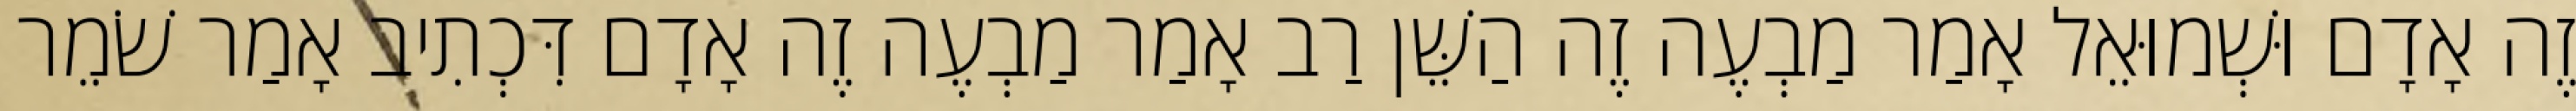
זֶה אָדָם וּשְׁמוּאֵל אָמַר מַבְעֶה זֶה הַשֵּׁן רַב אָמַר מַבְעֶה זֶה אָדָם דִּכְתִיב אָמַר שֹׁמֵר